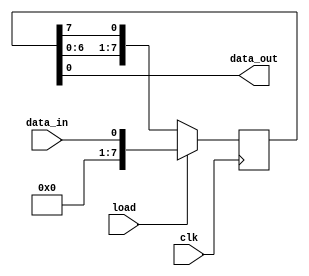
module parallel_in_serial_out(
  input wire clk,
  input wire load,
  input wire data_in,
  output reg data_out
);

reg [7:0] shift_reg;

always @ (posedge clk) begin
  if (load) begin
    shift_reg <= data_in;
  end else begin
    shift_reg <= {shift_reg[6:0], shift_reg[7]};
  end
end

assign data_out = shift_reg[0];

endmodule